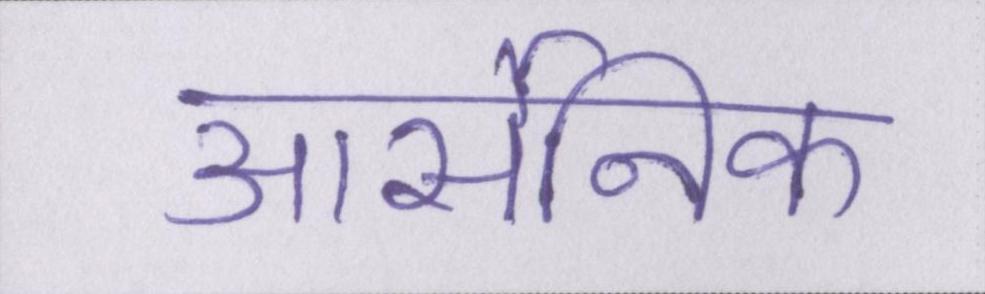
आर्सेनिक